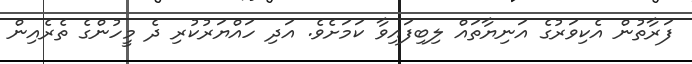
ފަރާތުން އެކިވަރުގެ އަނިޔާތައް ލިބިފައިވާ ކަމަށެވެ. އަދި ހައްޔަރުކުރި ދެ މީހުންގެ ތެރެއިން